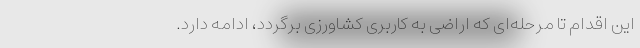
این اقدام تا مرحله‌ای که اراضی به کاربری کشاورزی برگردد، ادامه دارد.